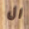
ال